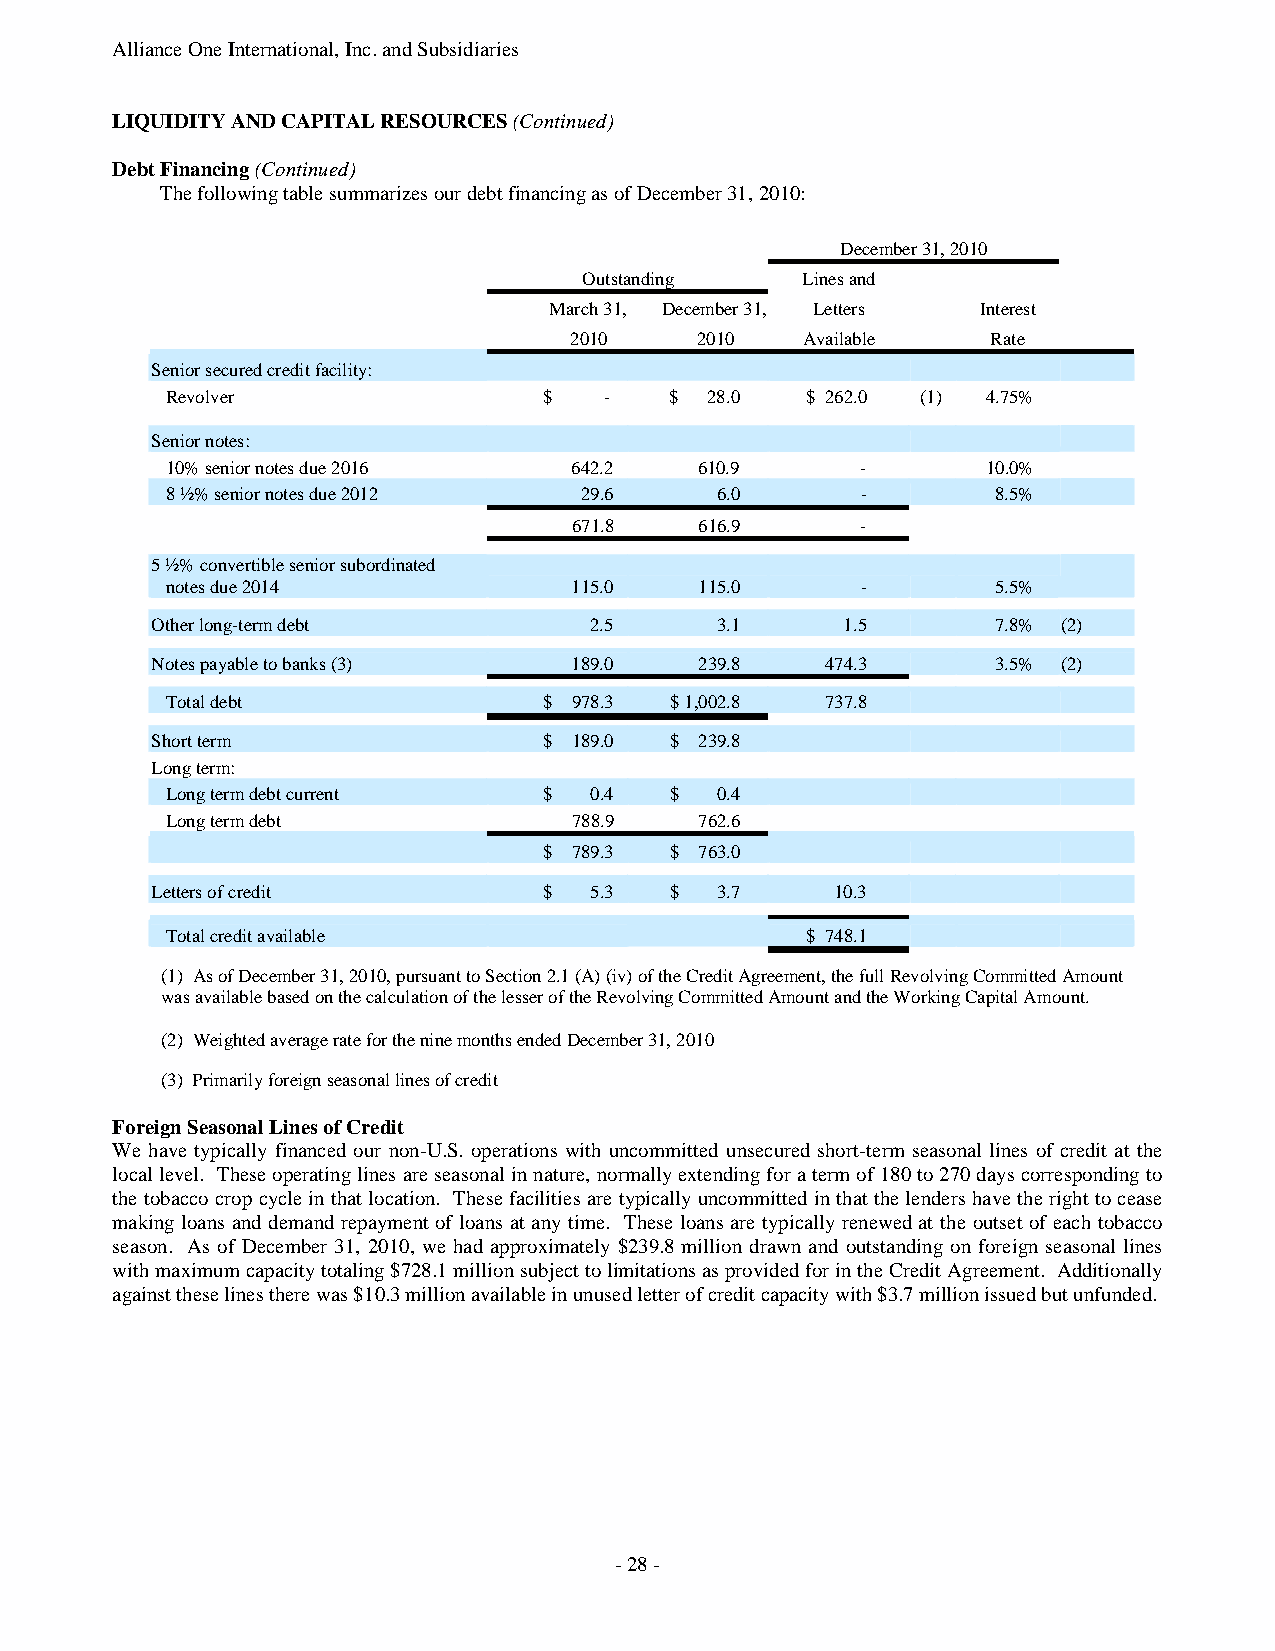
Alliance One International, Inc. and Subsidiaries
 LIQUIDITY AND CAPITAL RESOURCES (Continued)
 Debt Financing (Continued)
 The following table summarizes our debt financing as of December 31, 2010:
 December 31, 2010
 Outstanding   Lines and
 March 31, December 31, Letters Interest
 2010    2010   Available    Rate
 Senior secured credit facility:
 Revolver                 $   -   $  28.0  $ 262.0 (1) 4.75%
 Senior notes:
 10% senior notes due 2016  642.2   610.9      -       10.0%
 8 ½% senior notes due 2012 29.6     6.0       -        8.5%
 671.8   616.9      -
 5 ½% convertible senior subordinated
 notes due 2014             115.0   115.0      -        5.5%
 Other long-term debt         2.5     3.1      1.5       7.8% (2)
 Notes payable to banks (3)  189.0   239.8    474.3      3.5% (2)
 Total debt               $ 978.3 $ 1,002.8  737.8
 Short term                $ 189.0 $ 239.8
 Long term:
 Long term debt current   $  0.4  $  0.4
 Long term debt             788.9   762.6
 $ 789.3 $ 763.0
 Letters of credit         $  5.3  $  3.7     10.3
 Total credit available                    $ 748.1
 (1) As of December 31, 2010, pursuant to Section 2.1 (A) (iv) of the Credit Agreement, the full Revolving Committed Amount
 was available based on the calculation of the lesser of the Revolving Committed Amount and the Working Capital Amount.
 (2) Weighted average rate for the nine months ended December 31, 2010
 (3) Primarily foreign seasonal lines of credit
 Foreign Seasonal Lines of Credit
 We have typically financed our non-U.S. operations with uncommitted unsecured short-term seasonal lines of credit at the
 local level. These operating lines are seasonal in nature, normally extending for a term of 180 to 270 days corresponding to
 the tobacco crop cycle in that location. These facilities are typically uncommitted in that the lenders have the right to cease
 making loans and demand repayment of loans at any time. These loans are typically renewed at the outset of each tobacco
 season. As of December 31, 2010, we had approximately $239.8 million drawn and outstanding on foreign seasonal lines
 with maximum capacity totaling $728.1 million subject to limitations as provided for in the Credit Agreement. Additionally
 against these lines there was $10.3 million available in unused letter of credit capacity with $3.7 million issued but unfunded.
 - 28 -